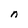
Character: n